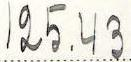
125.43